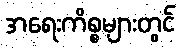
အရေးကိစ္စများတွင်